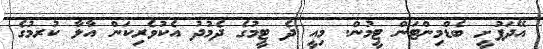
އޭދަފުށީ ބެޑްމިންޓަން ޓީމުން. މިއީ ދެ ޓީމުގެ ދެމުދު އެކުވެރިކަން އާލާ ކުރމުގެ